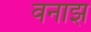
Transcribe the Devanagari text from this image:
वनाझ